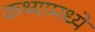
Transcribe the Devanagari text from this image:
कथ्यामध्ये